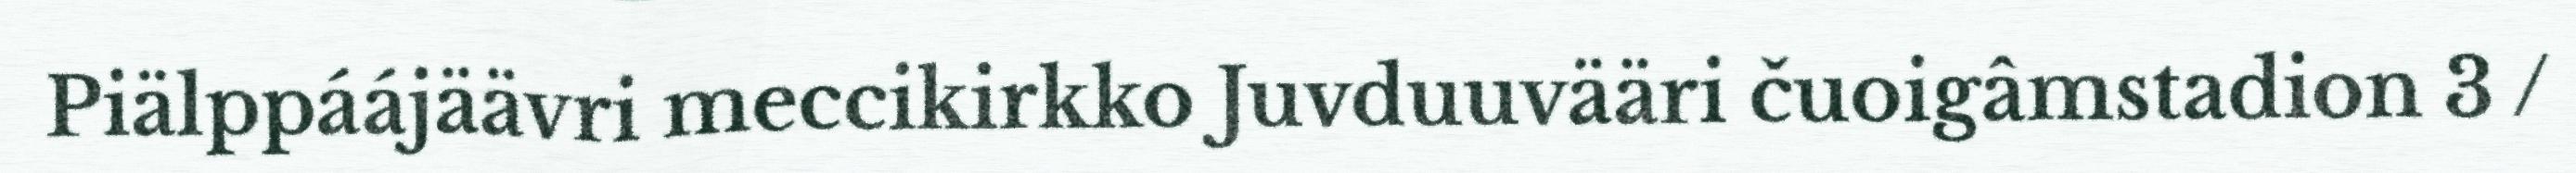
Piälppáájäävri meccikirkko Juvduuvääri čuoigâmstadion 3 /